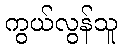
ကွယ်လွန်သူ